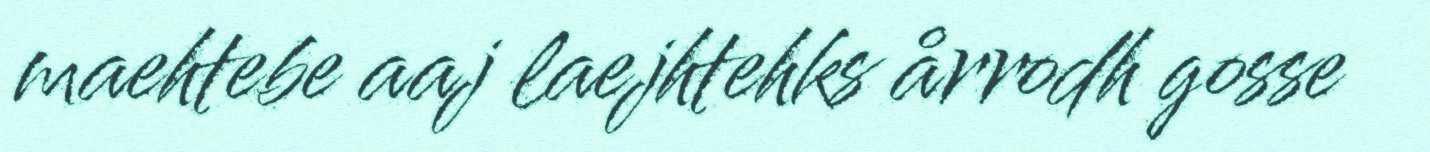
maehtebe aaj laejhtehks årrodh gosse